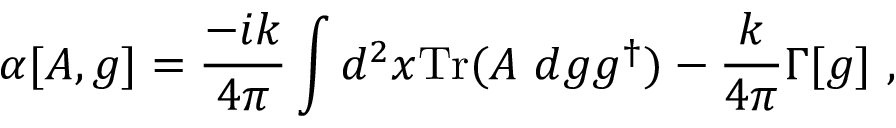
\alpha [ A , g ] = \frac { - i k } { 4 \pi } \int d ^ { 2 } x \mathrm { T r } ( A ~ d g g ^ { \dagger } ) - \frac { k } { 4 \pi } \Gamma [ g ] \ ,